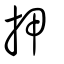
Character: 押